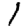
Digit: 1